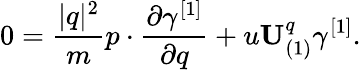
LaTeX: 0=\frac{\vert q\vert^{2}}{m}p\cdot\frac{\partial\gamma^{[1]}}{\partial q}+u\mathbf{U}_{(1)}^{q}\gamma^{[1]}.